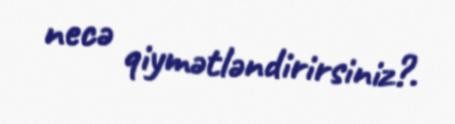
necə qiymətləndirirsiniz?.